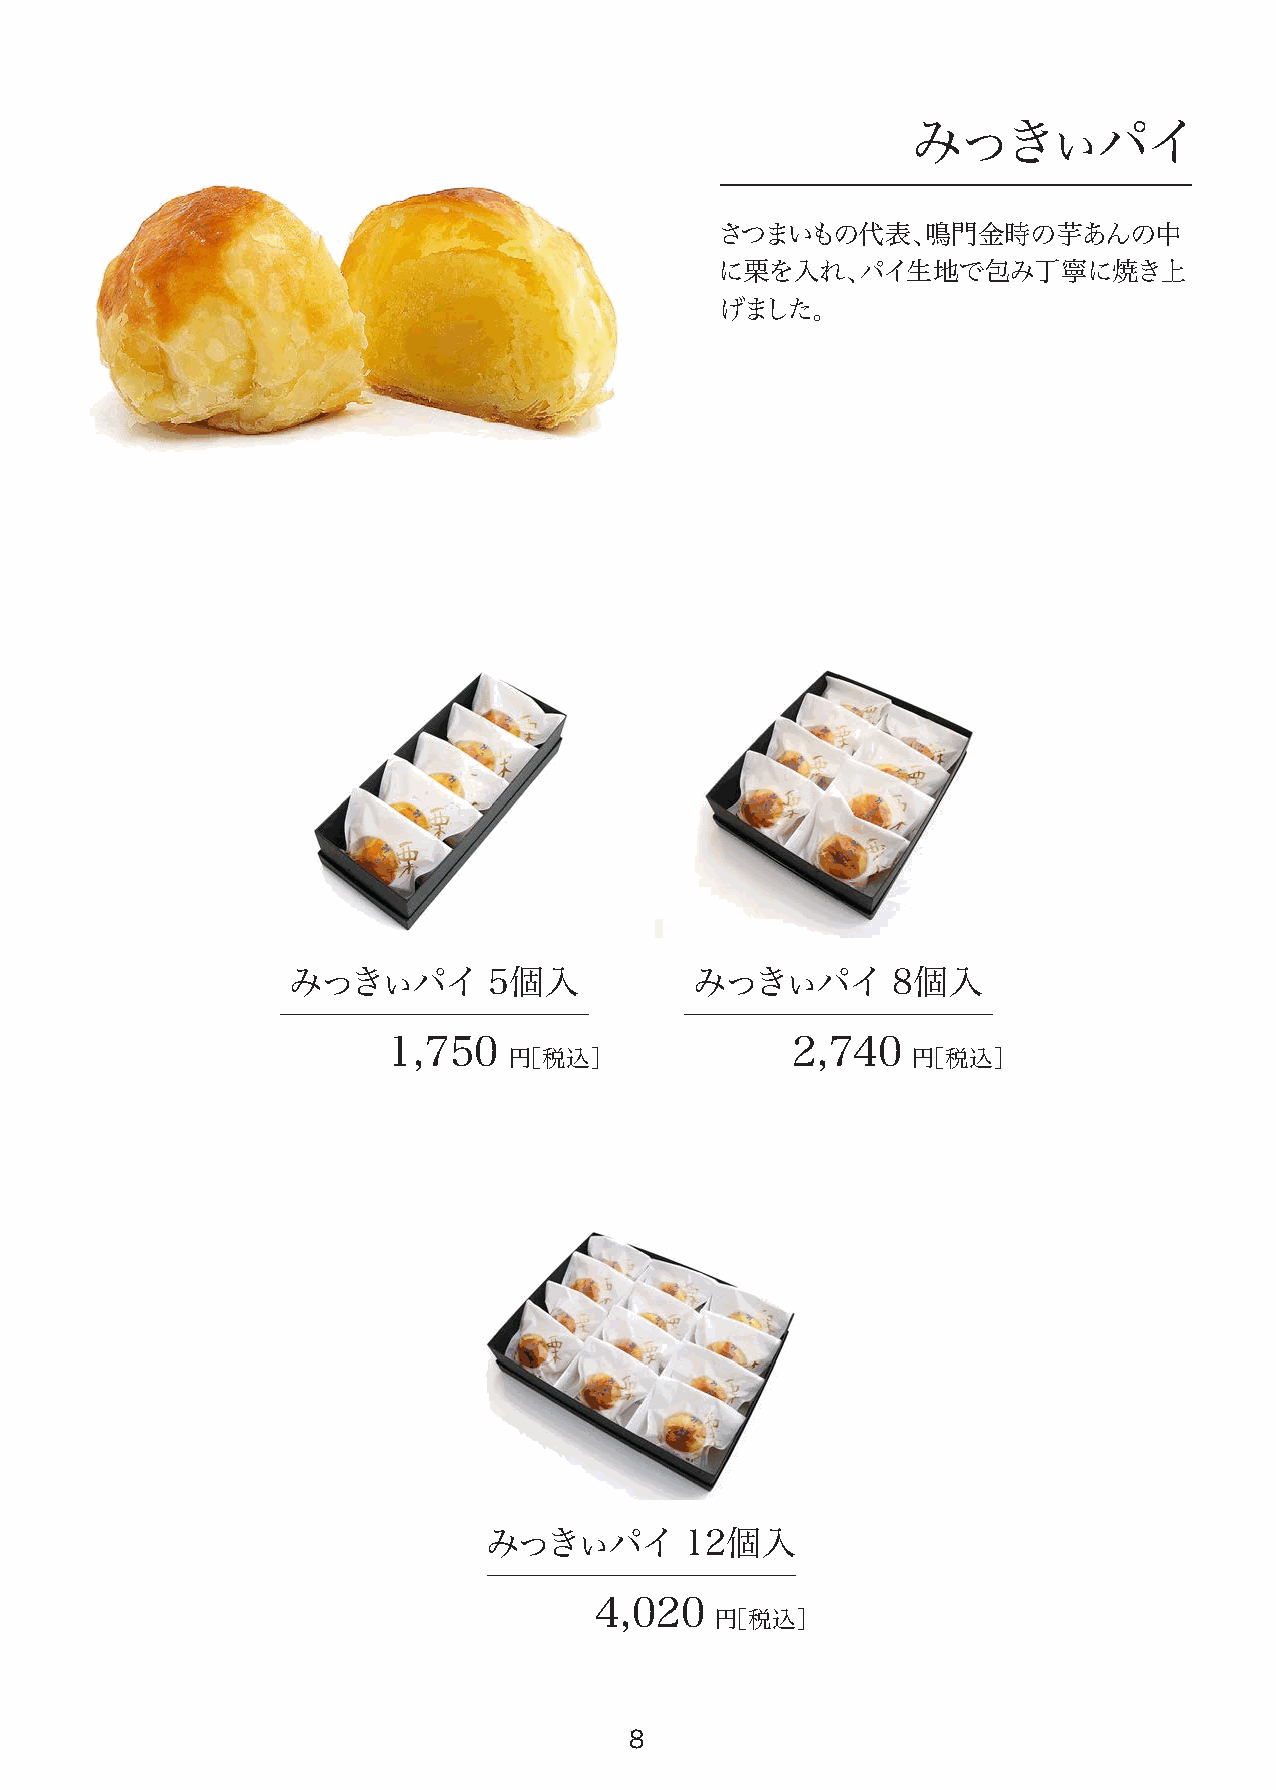
みっきぃパイ
 さつまいもの代表、鳴門金時の芋あんの中
 に栗を入れ、パイ生地で包み丁寧に焼き上
 げました。
 みっきぃパイ       5個入           みっきぃパイ       8個入
 1,750                     2,740
 円［税込］                     円［税込］
 柚子どらは7月末頃（予定）まで製造をお休みしております。
 現在販売中のどら焼きギフトについては、明月堂本店にお問い合わせください。
 みっきぃパイ       12個入
 4,020
 円［税込］
 8